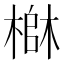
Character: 𬄄